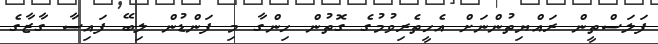
ފަލަސްތީން ރައްޔިތުންނަށް އެހީތެރިވުމުގެ ގޮތުން ހިންގާ މި ފަންޑުން ލިބޭ ފައިސާ ގާޒާގެ